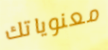
معنوياتك